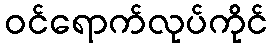
ဝင်ရောက်လုပ်ကိုင်